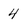
Character: 4